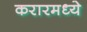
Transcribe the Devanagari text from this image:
करारमध्ये